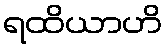
ရထိယာဟိ